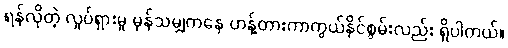
ရန်လိုတဲ့ လှုပ်ရှားမှု မှန်သမျှကနေ ဟန့်တားကာကွယ်နိုင်စွမ်းလည်း ရှိပါတယ်။